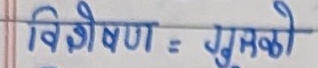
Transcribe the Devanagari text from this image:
विशेषण = गुणको